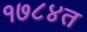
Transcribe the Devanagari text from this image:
१७८४त